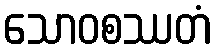
သောဝစဿတံ